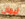
ليمان